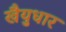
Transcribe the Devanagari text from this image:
खैयुधार